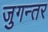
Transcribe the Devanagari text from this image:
जुगन्तर